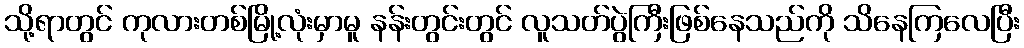
သို့ရာတွင် ကုလားတစ်မြို့လုံးမှာမူ နန်းတွင်းတွင် လူသတ်ပွဲကြီးဖြစ်နေသည်ကို သိနေကြလေပြီး